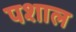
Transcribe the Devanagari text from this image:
पशाल